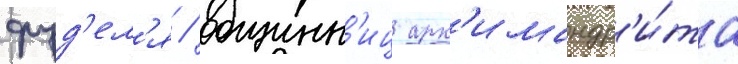
фуд'ел'я / общинн'иц арх'имандр'и́та